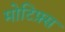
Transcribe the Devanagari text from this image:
मोटिफ़्स